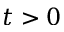
t > 0